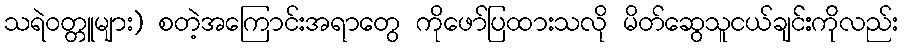
သရဲဝတ္တူများ) စတဲ့အကြောင်းအရာတွေ ကိုဖော်ပြထားသလို မိတ်ဆွေသူငယ်ချင်းကိုလည်း